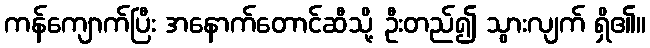
ကန်ကျောက်ပြီး အနောက်တောင်ဆီသို့ ဦးတည်၍ သွားလျက် ရှိ၏။